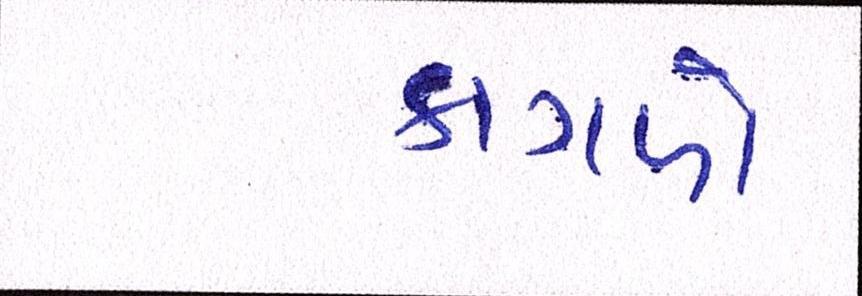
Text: કાગળો